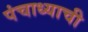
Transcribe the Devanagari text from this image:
पंचाध्याची